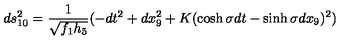
d s _ { 1 0 } ^ { 2 } = \frac { 1 } { \sqrt { f _ { 1 } h _ { 5 } } } ( - d t ^ { 2 } + d x _ { 9 } ^ { 2 } + K ( \cosh \sigma d t - \sinh \sigma d x _ { 9 } ) ^ { 2 } )